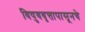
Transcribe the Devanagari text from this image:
विषुववृत्तापासूनचे